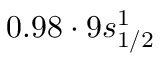
0 . 9 8 \cdot 9 s _ { 1 / 2 } ^ { 1 }